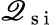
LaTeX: \mathscr{Q}_{\mathrm{{~s~i~}}}